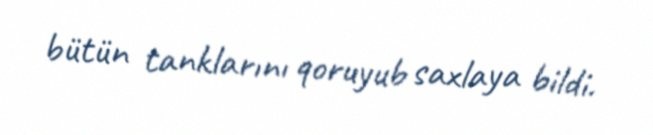
bütün tanklarını qoruyub saxlaya bildi.